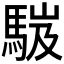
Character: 𩣞